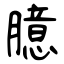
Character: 臆